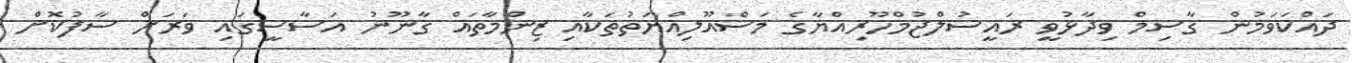
ދައްކަވަމުން ގާސިމް ވިދާޅުވީ ރައީސުލްޖުމްހޫރިއްޔާގެ މަސްއޫލިއްޔަތުތަކާއި ޒިންމާތައް ގާނޫނު އަސާސީގައި ވަރަށް ސާފުކޮށް